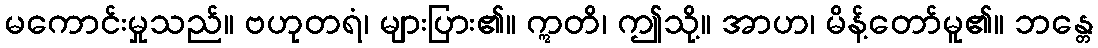
မကောင်းမှုသည်။ ဗဟုတရံ၊ များပြား၏။ ဣတိ၊ ဤသို့။ အာဟ၊ မိန့်တော်မူ၏။ ဘန္တေ